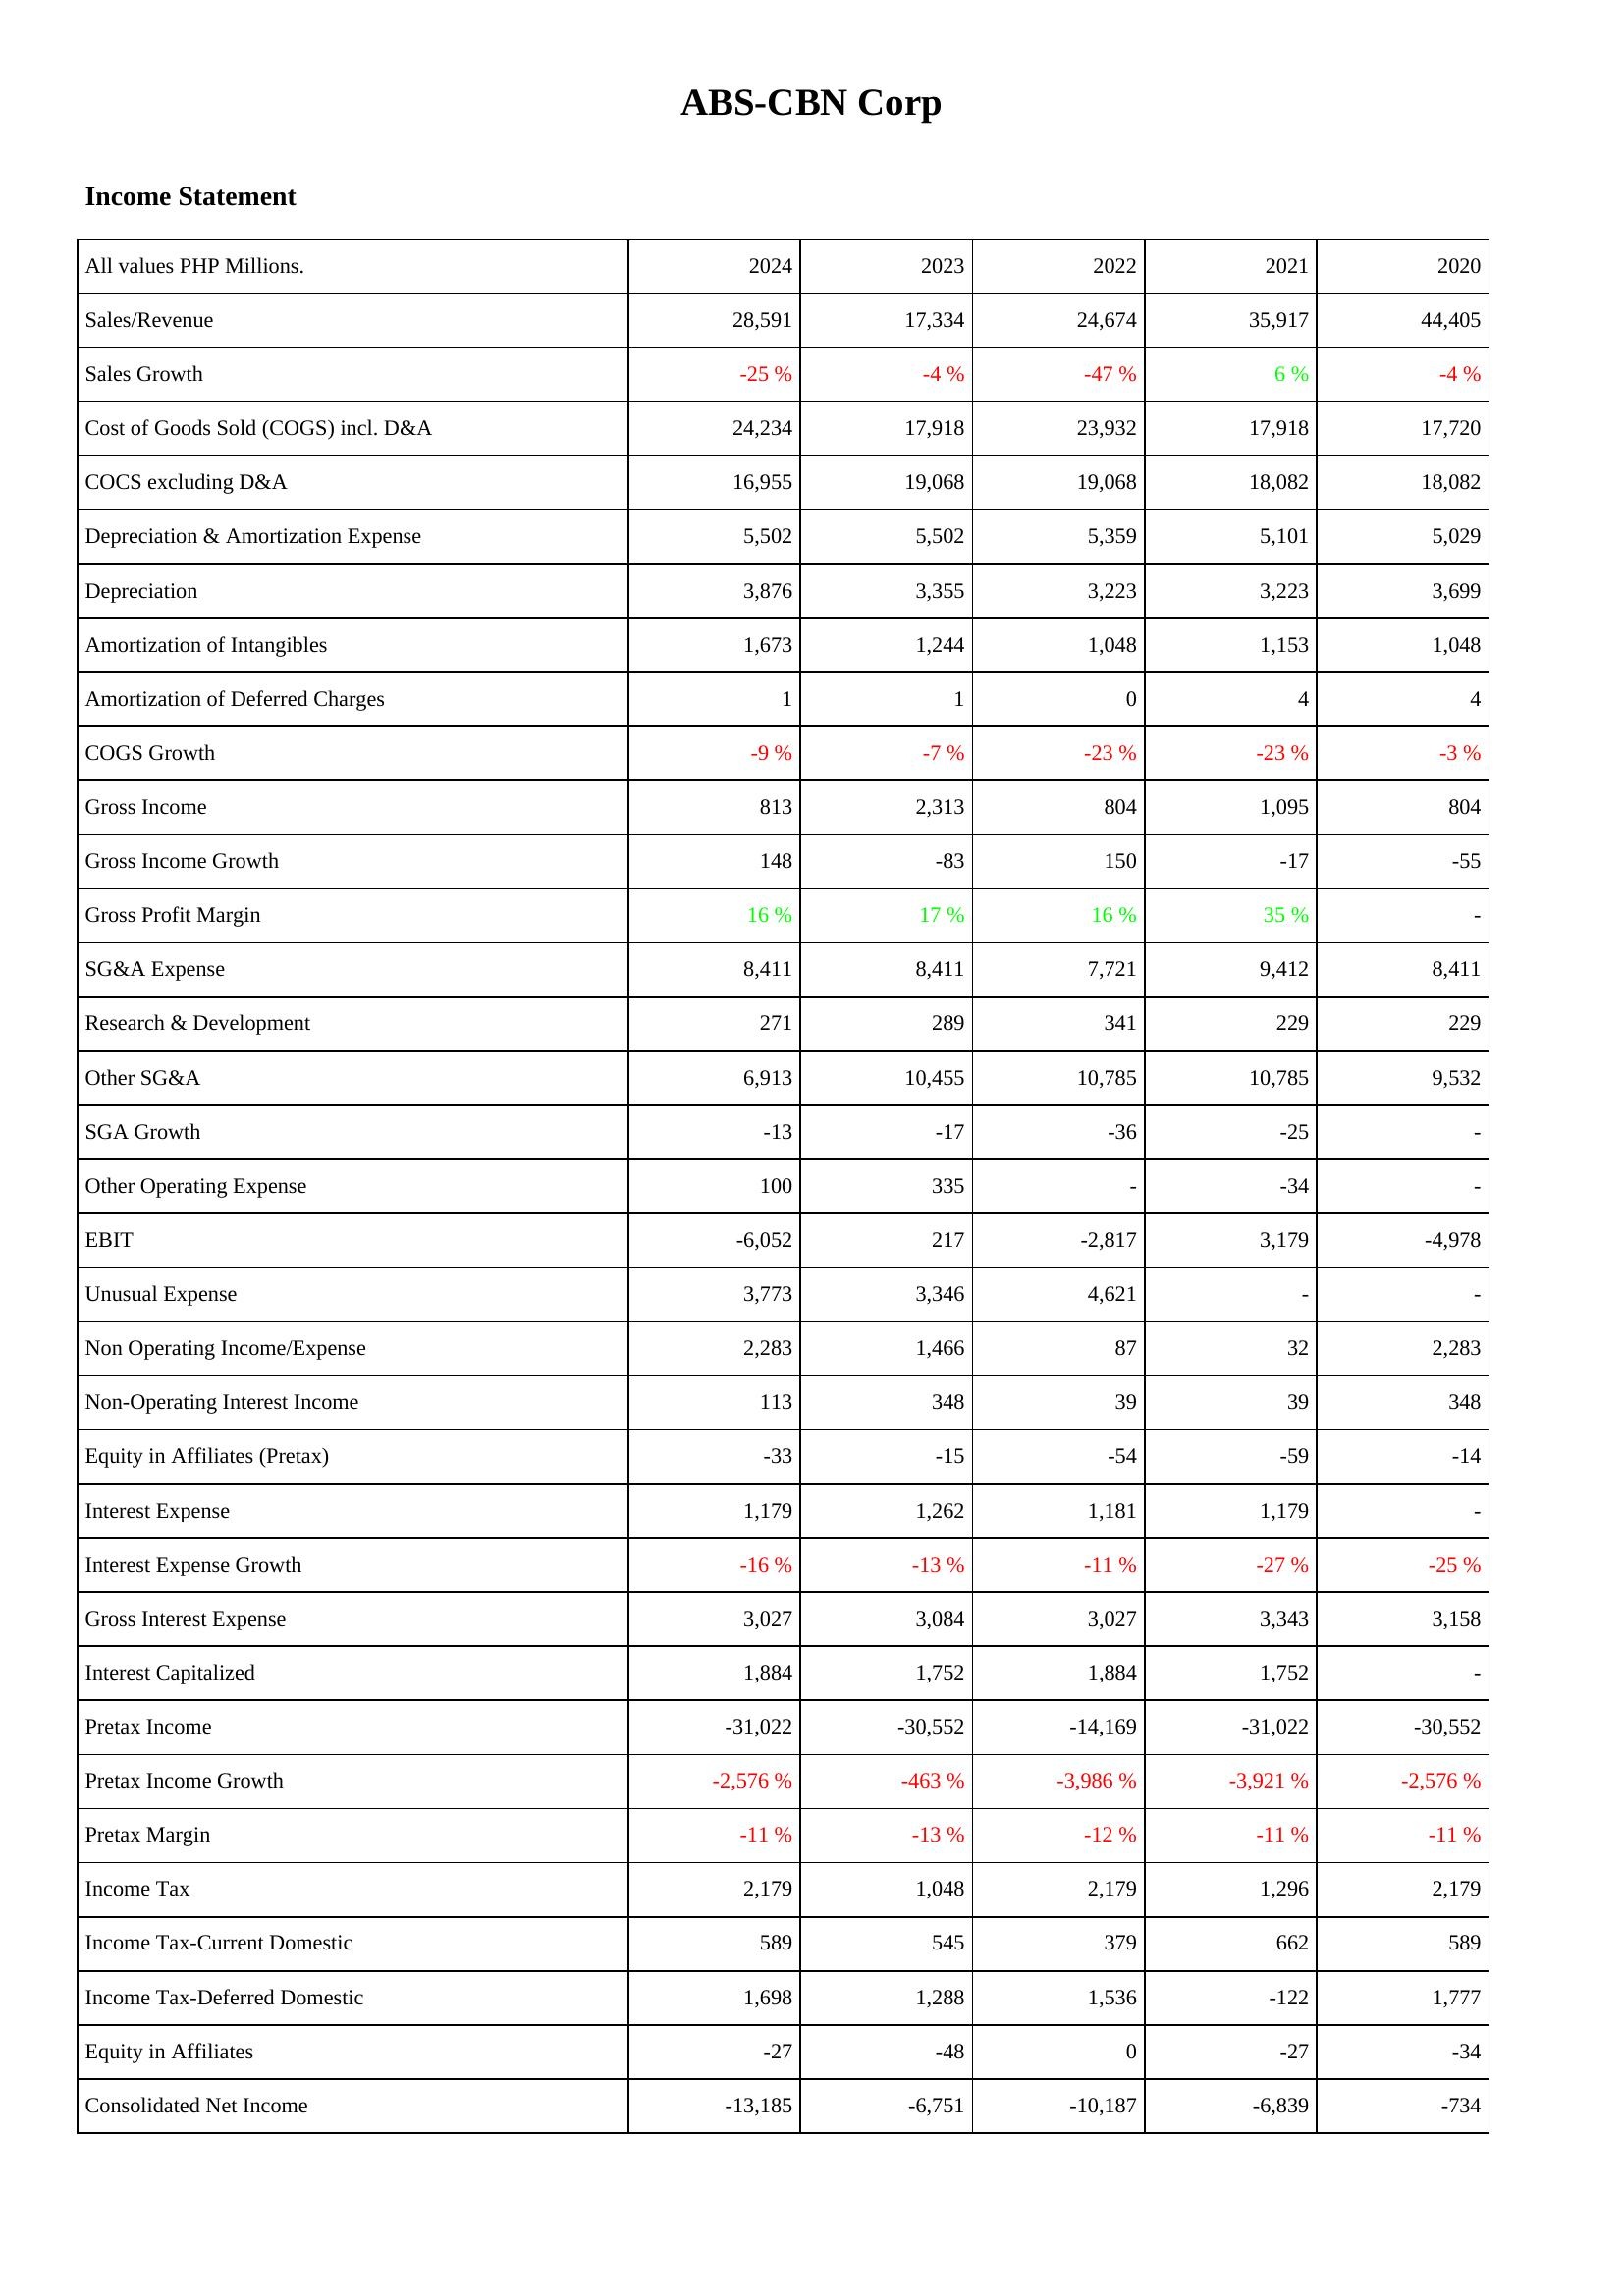
2024: Income Statement: Sales/Revenue: 28,591
Sales Growth: -25 %
Cost of Goods Sold (COGS) incl. D&A: 24,234
COCS excluding D&A: 16,955
Depreciation & Amortization Expense: 5,502
Depreciation: 3,876
Amortization of Intangibles: 1,673
Amortization of Deferred Charges: 1
COGS Growth: -9 %
Gross Income: 813
Gross Income Growth: 148
Gross Profit Margin: 16 %
SG&A Expense: 8,411
Research & Development: 271
Other SG&A: 6,913
SGA Growth: -13
Other Operating Expense: 100
EBIT: -6,052
Unusual Expense: 3,773
Non Operating Income/Expense: 2,283
Non-Operating Interest Income: 113
Equity in Affiliates (Pretax): -33
Interest Expense: 1,179
Interest Expense Growth: -16 %
Gross Interest Expense: 3,027
Interest Capitalized: 1,884
Pretax Income: -31,022
Pretax Income Growth: -2,576 %
Pretax Margin: -11 %
Income Tax: 2,179
Income Tax-Current Domestic: 589
Income Tax-Deferred Domestic: 1,698
Equity in Affiliates: -27
Consolidated Net Income: -13,185
2023: Income Statement: Sales/Revenue: 17,334
Sales Growth: -4 %
Cost of Goods Sold (COGS) incl. D&A: 17,918
COCS excluding D&A: 19,068
Depreciation & Amortization Expense: 5,502
Depreciation: 3,355
Amortization of Intangibles: 1,244
Amortization of Deferred Charges: 1
COGS Growth: -7 %
Gross Income: 2,313
Gross Income Growth: -83
Gross Profit Margin: 17 %
SG&A Expense: 8,411
Research & Development: 289
Other SG&A: 10,455
SGA Growth: -17
Other Operating Expense: 335
EBIT: 217
Unusual Expense: 3,346
Non Operating Income/Expense: 1,466
Non-Operating Interest Income: 348
Equity in Affiliates (Pretax): -15
Interest Expense: 1,262
Interest Expense Growth: -13 %
Gross Interest Expense: 3,084
Interest Capitalized: 1,752
Pretax Income: -30,552
Pretax Income Growth: -463 %
Pretax Margin: -13 %
Income Tax: 1,048
Income Tax-Current Domestic: 545
Income Tax-Deferred Domestic: 1,288
Equity in Affiliates: -48
Consolidated Net Income: -6,751
2022: Income Statement: Sales/Revenue: 24,674
Sales Growth: -47 %
Cost of Goods Sold (COGS) incl. D&A: 23,932
COCS excluding D&A: 19,068
Depreciation & Amortization Expense: 5,359
Depreciation: 3,223
Amortization of Intangibles: 1,048
Amortization of Deferred Charges: 0
COGS Growth: -23 %
Gross Income: 804
Gross Income Growth: 150
Gross Profit Margin: 16 %
SG&A Expense: 7,721
Research & Development: 341
Other SG&A: 10,785
SGA Growth: -36
Other Operating Expense: -
EBIT: -2,817
Unusual Expense: 4,621
Non Operating Income/Expense: 87
Non-Operating Interest Income: 39
Equity in Affiliates (Pretax): -54
Interest Expense: 1,181
Interest Expense Growth: -11 %
Gross Interest Expense: 3,027
Interest Capitalized: 1,884
Pretax Income: -14,169
Pretax Income Growth: -3,986 %
Pretax Margin: -12 %
Income Tax: 2,179
Income Tax-Current Domestic: 379
Income Tax-Deferred Domestic: 1,536
Equity in Affiliates: 0
Consolidated Net Income: -10,187
2021: Income Statement: Sales/Revenue: 35,917
Sales Growth: 6 %
Cost of Goods Sold (COGS) incl. D&A: 17,918
COCS excluding D&A: 18,082
Depreciation & Amortization Expense: 5,101
Depreciation: 3,223
Amortization of Intangibles: 1,153
Amortization of Deferred Charges: 4
COGS Growth: -23 %
Gross Income: 1,095
Gross Income Growth: -17
Gross Profit Margin: 35 %
SG&A Expense: 9,412
Research & Development: 229
Other SG&A: 10,785
SGA Growth: -25
Other Operating Expense: -34
EBIT: 3,179
Unusual Expense: -
Non Operating Income/Expense: 32
Non-Operating Interest Income: 39
Equity in Affiliates (Pretax): -59
Interest Expense: 1,179
Interest Expense Growth: -27 %
Gross Interest Expense: 3,343
Interest Capitalized: 1,752
Pretax Income: -31,022
Pretax Income Growth: -3,921 %
Pretax Margin: -11 %
Income Tax: 1,296
Income Tax-Current Domestic: 662
Income Tax-Deferred Domestic: -122
Equity in Affiliates: -27
Consolidated Net Income: -6,839
2020: Income Statement: Sales/Revenue: 44,405
Sales Growth: -4 %
Cost of Goods Sold (COGS) incl. D&A: 17,720
COCS excluding D&A: 18,082
Depreciation & Amortization Expense: 5,029
Depreciation: 3,699
Amortization of Intangibles: 1,048
Amortization of Deferred Charges: 4
COGS Growth: -3 %
Gross Income: 804
Gross Income Growth: -55
Gross Profit Margin: -
SG&A Expense: 8,411
Research & Development: 229
Other SG&A: 9,532
SGA Growth: -
Other Operating Expense: -
EBIT: -4,978
Unusual Expense: -
Non Operating Income/Expense: 2,283
Non-Operating Interest Income: 348
Equity in Affiliates (Pretax): -14
Interest Expense: -
Interest Expense Growth: -25 %
Gross Interest Expense: 3,158
Interest Capitalized: -
Pretax Income: -30,552
Pretax Income Growth: -2,576 %
Pretax Margin: -11 %
Income Tax: 2,179
Income Tax-Current Domestic: 589
Income Tax-Deferred Domestic: 1,777
Equity in Affiliates: -34
Consolidated Net Income: -734